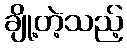
ချို့တဲ့သည့်